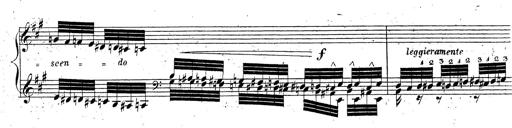
Title: Grande fantaisie sur la tyrolienne de l'opÃ©ra
Composer: Franz Liszt
Key: A major